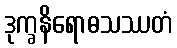
ဒုက္ခနိရောဓသဿတံ